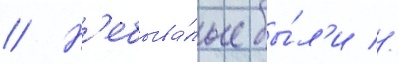
// Н'ебыва́лые бы́л'и //